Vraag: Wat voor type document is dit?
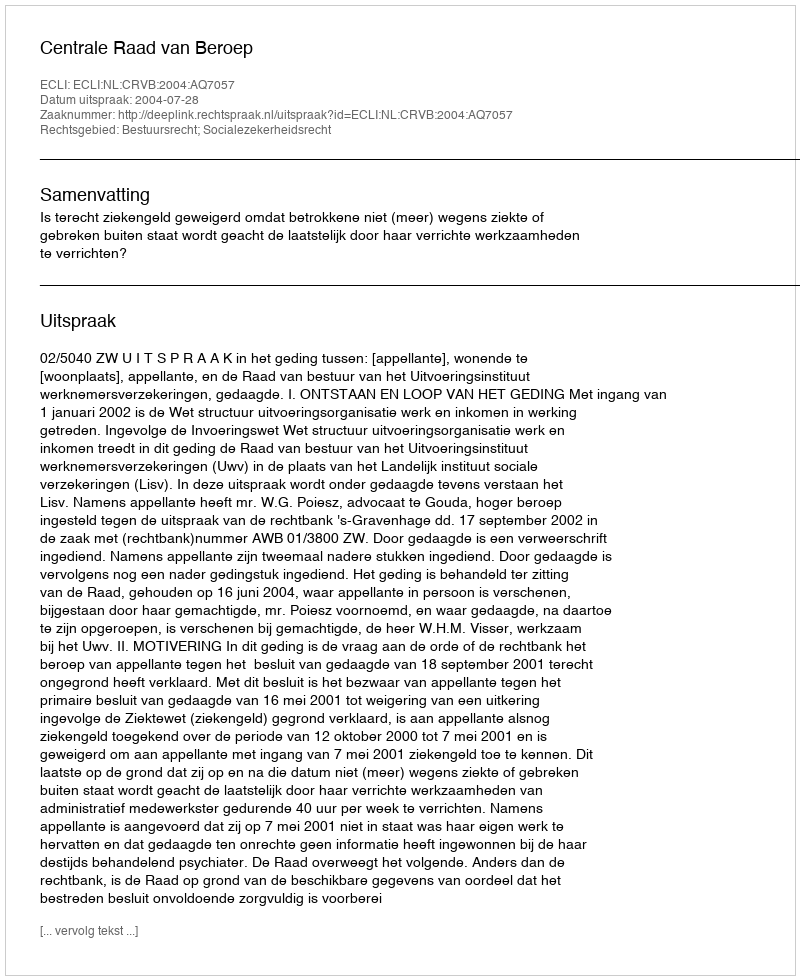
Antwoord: Uitspraak